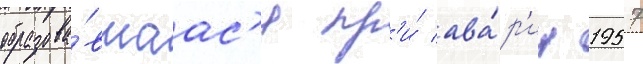
образова́вшаас'я пр'и́ ава́р'ии 1957